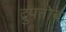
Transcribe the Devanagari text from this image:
द्रुपतोब